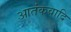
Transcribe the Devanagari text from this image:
आतंकवादि